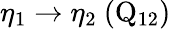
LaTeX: \eta_{1}\rightarrow\eta_{2}~(\mathrm{Q_{12}})